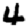
Digit: 4